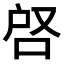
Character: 𭇪